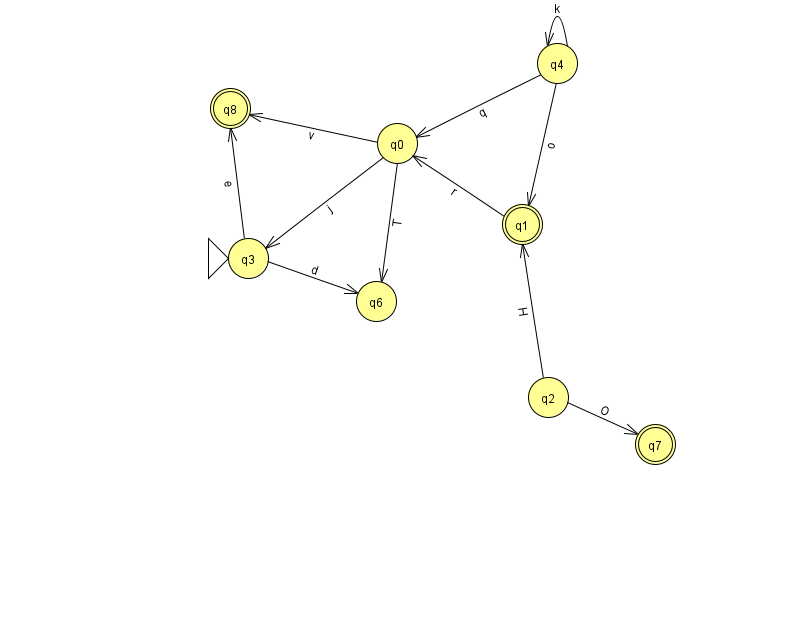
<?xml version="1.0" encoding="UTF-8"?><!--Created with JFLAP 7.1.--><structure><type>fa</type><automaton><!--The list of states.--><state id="0" name="q0"><x>397.0</x><y>130.0</y></state><state id="1" name="q1"><x>522.0</x><y>211.0</y><final/></state><state id="2" name="q2"><x>548.0</x><y>384.0</y></state><state id="3" name="q3"><x>248.0</x><y>245.0</y><initial/></state><state id="4" name="q4"><x>557.0</x><y>50.0</y></state><state id="6" name="q6"><x>376.0</x><y>288.0</y></state><state id="7" name="q7"><x>655.0</x><y>431.0</y><final/></state><state id="8" name="q8"><x>230.0</x><y>95.0</y><final/></state><!--The list of transitions.--><transition><from>2</from><to>1</to><read>H</read></transition><transition><from>4</from><to>0</to><read>q</read></transition><transition><from>3</from><to>8</to><read>e</read></transition><transition><from>4</from><to>1</to><read>o</read></transition><transition><from>0</from><to>3</to><read>j</read></transition><transition><from>0</from><to>6</to><read>T</read></transition><transition><from>1</from><to>0</to><read>r</read></transition><transition><from>3</from><to>6</to><read>d</read></transition><transition><from>4</from><to>4</to><read>k</read></transition><transition><from>2</from><to>7</to><read>O</read></transition><transition><from>0</from><to>8</to><read>v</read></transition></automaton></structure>